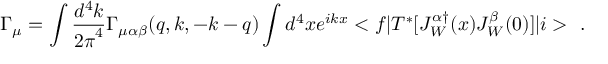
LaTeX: \Gamma _ { \mu } = \int \frac { d ^ { 4 } k } { { 2 \pi } ^ { 4 } } \Gamma _ { \mu \alpha \beta } ( q , k , - k - q ) \int d ^ { 4 } x e ^ { i k x } < f | T ^ { * } [ J _ { W } ^ { \alpha \dagger } ( x ) J _ { W } ^ { \beta } ( 0 ) ] | i > ~ .